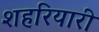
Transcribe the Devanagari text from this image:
शहरियारी